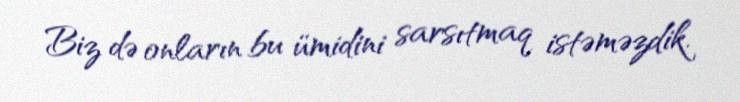
Biz də onların bu ümidini sarsıtmaq istəməzdik.